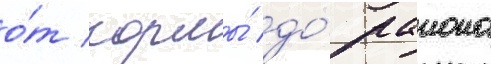
о́т кормы́ до́ раиона